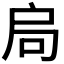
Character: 𭠂